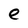
Character: e